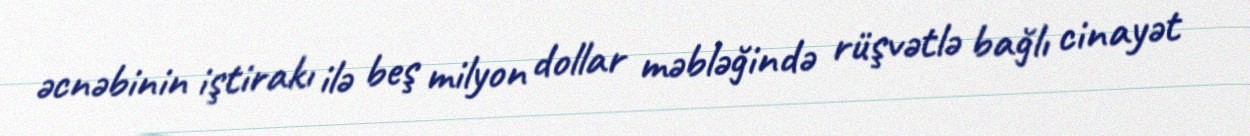
əcnəbinin iştirakı ilə beş milyon dollar məbləğində rüşvətlə bağlı cinayət